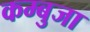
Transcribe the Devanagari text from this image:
कम्बुजा